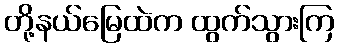
တို့နယ်မြေထဲက ထွက်သွားကြ